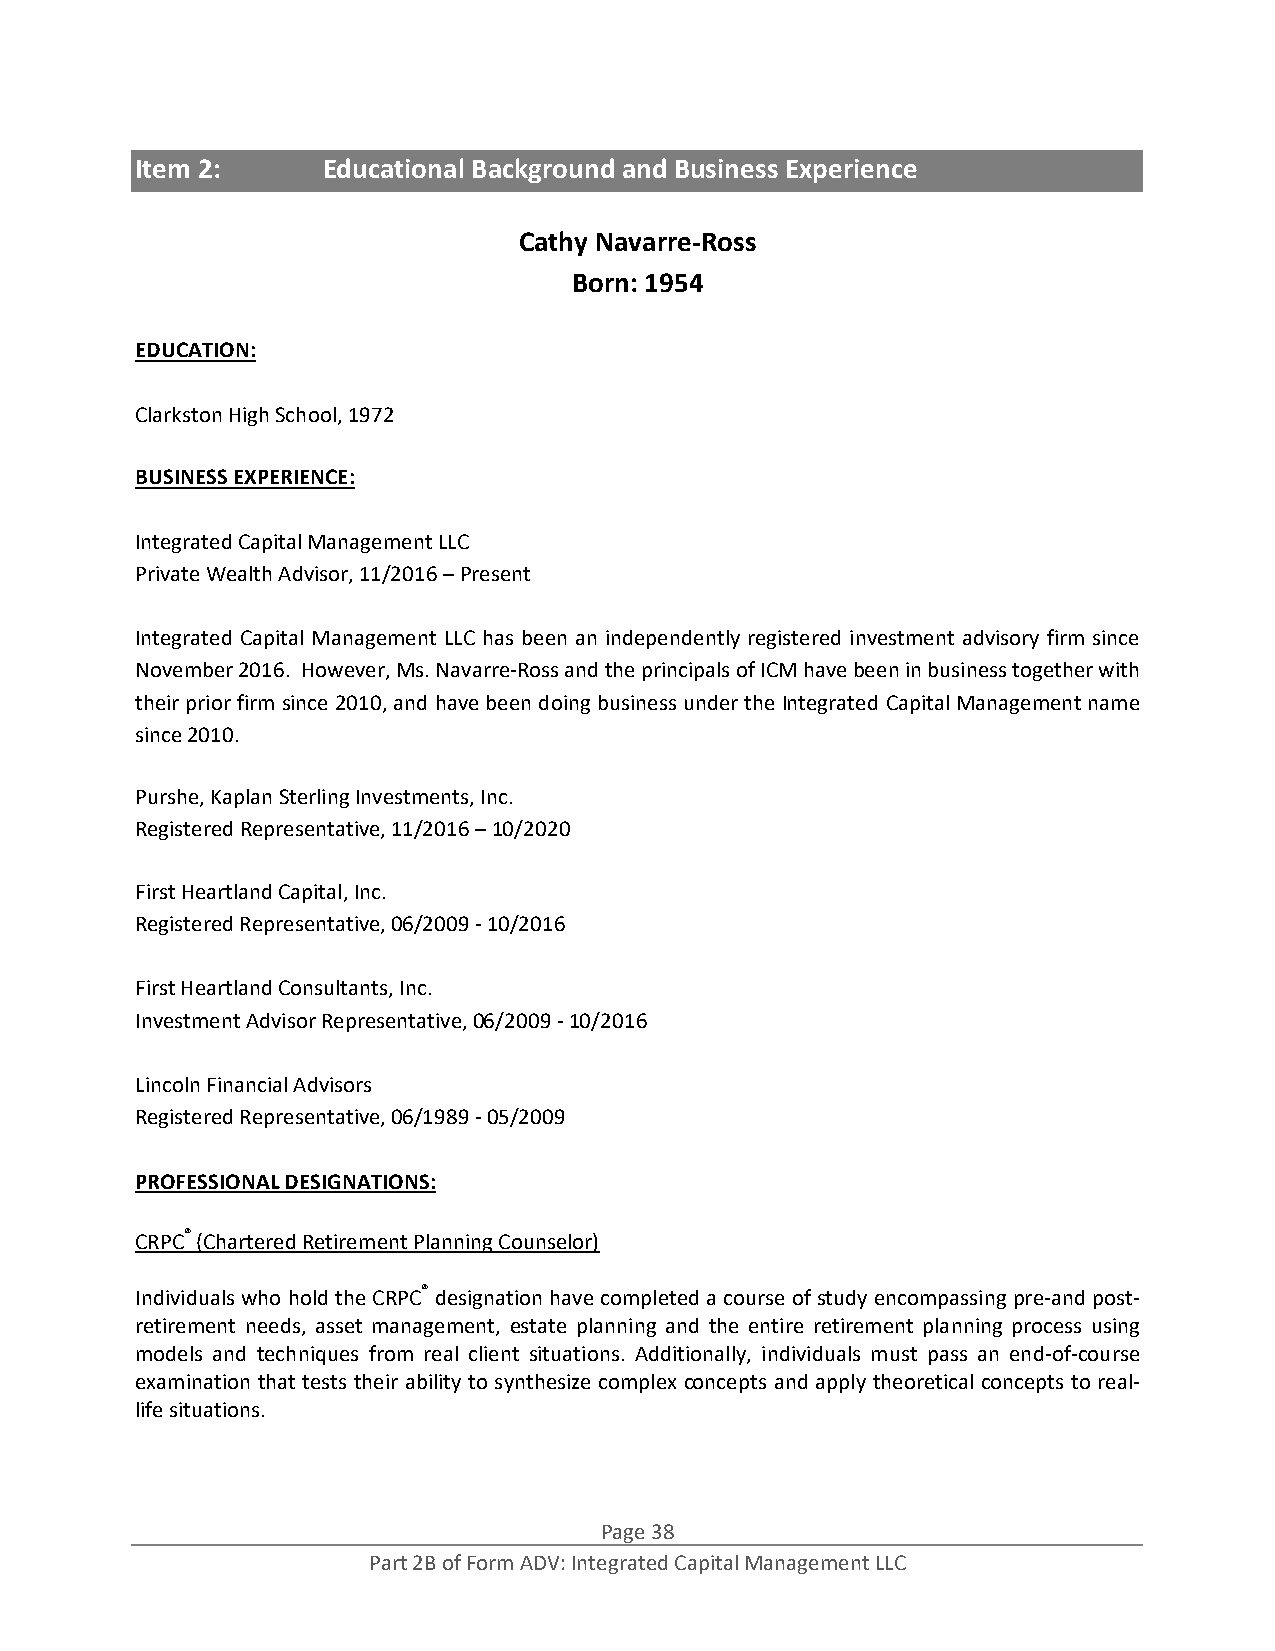
Item 2:     Educational Background and Business Experience
 Cathy Navarre‐Ross
 Born: 1954
 EDUCATION:
 Clarkston High School, 1972
 BUSINESS EXPERIENCE:
 Integrated Capital Management LLC
 Private Wealth Advisor, 11/2016 – Present
 Integrated Capital Management LLC has been an independently registered investment advisory firm since
 November 2016. However, Ms. Navarre‐Ross and the principals of ICM have been in business together with
 their prior firm since 2010, and have been doing business under the Integrated Capital Management name
 since 2010.
 Purshe, Kaplan Sterling Investments, Inc.
 Registered Representative, 11/2016 – 10/2020
 First Heartland Capital, Inc.
 Registered Representative, 06/2009 ‐ 10/2016
 First Heartland Consultants, Inc.
 Investment Advisor Representative, 06/2009 ‐ 10/2016
 Lincoln Financial Advisors
 Registered Representative, 06/1989 ‐ 05/2009
 PROFESSIONAL DESIGNATIONS:
 CRPC® (Chartered Retirement Planning Counselor)
 Individuals who hold the CRPC® designation have completed a course of study encompassing pre‐and post‐
 retirement needs, asset management, estate planning and the entire retirement planning process using
 models and techniques from real client situations. Additionally, individuals must pass an end‐of‐course
 examination that tests their ability to synthesize complex concepts and apply theoretical concepts to real‐
 life situations.
 Page 38
 Part 2B of Form ADV: Integrated Capital Management LLC